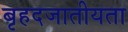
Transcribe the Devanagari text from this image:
बृहदजातीयता